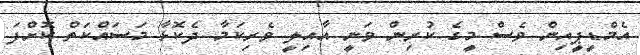
އެމްޑީޕީއިން ވެސް މީގެ ކުރިން ވަނީ އާއިލީ ވެރިކަމާ ދެކޮޅާ މަސައްކަތް ކޮށްފަ